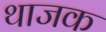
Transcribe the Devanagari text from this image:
थाजक